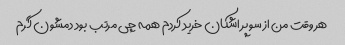
هر وقت من از سوپر اشکان خرید کردم همه چی مرتب بود دمشون گرم